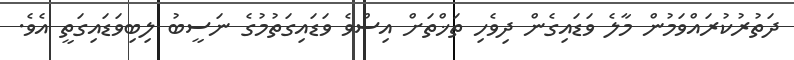
ދަތުރުކުރައްވަމުން މާލެ ވަޑައިގެން ދިވެހި ތަޚްތަށް އިސްވެ ވަޑައިގަތުމުގެ ނަސީބު ލިބިވަޑައިގަތީ އެވެ.